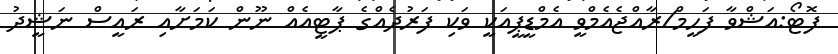
ފޮޓޯ:އަޝްވާ ފަހީމް/ރާއްޖެއެމްވީ އެމްޑީޕީއަކީ ވަކި ފަރުދެއްގެ ޕާޓީއެއް ނޫން ކަމަށާއި ރައީސް ނަޝީދު